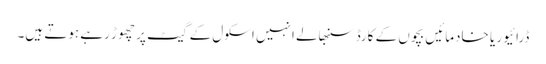
ڈرائیور یا خادمائیں بچوں کے کارڈ سنبھالے انہیں اسکول کے گیٹ پر چھوڑ رہے ہوتے ہیں۔